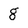
Character: g